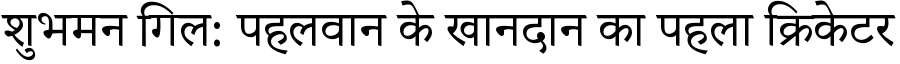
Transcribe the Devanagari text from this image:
शुभमन गिल: पहलवान के खानदान का पहला क्रिकेटर